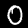
Digit: 0